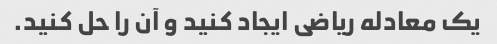
یک معادله ریاضی ایجاد کنید و آن را حل کنید.